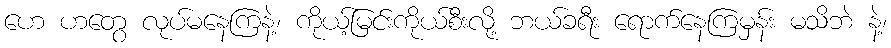
ဟေ ဟတွေ လုပ်မနေကြနဲ့၊ ကိုယ့်မြင်းကိုယ်စီးလို့ ဘယ်ခရီး ရောက်နေကြမှန်း မသိဘဲ နဲ့၊